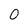
Character: O